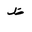
Letter: _za